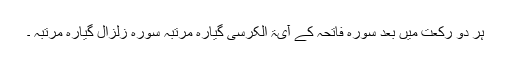
ہر دو رکعت میں بعد سورہ فاتحہ کے آیۃ الکرسی گیارہ مرتبہ سورہ زلزال گیارہ مرتبہ ۔